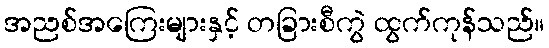
အညစ်အကြေးများနှင့် တခြားစီကွဲ ထွက်ကုန်သည်။